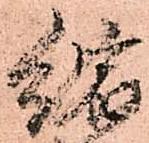
縮